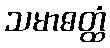
သမာဓတ္ထံ